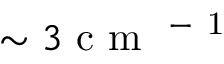
\sim 3 \mathrm { ~ c ~ m ~ } ^ { \mathrm { ~ - ~ 1 ~ } }